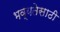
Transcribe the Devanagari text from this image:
भव्यतेसाठी